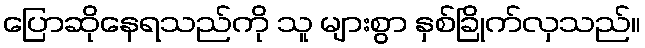
ပြောဆိုနေရသည်ကို သူ များစွာ နှစ်ခြိုက်လှသည်။